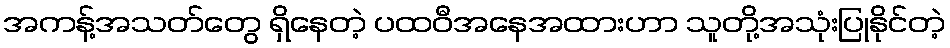
အကန့်အသတ်တွေ ရှိနေတဲ့ ပထဝီအနေအထားဟာ သူတို့အသုံးပြုနိုင်တဲ့